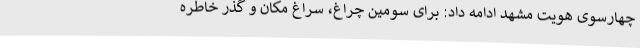
چهارسوی هویت مشهد ادامه داد: برای سومین چراغ، سراغ مکان و گذر خاطره